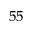
^ { 5 5 }